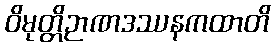
ဝိမုတ္တိဉာဏဒဿနကထာတိ